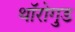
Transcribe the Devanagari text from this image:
थॉरोगुड